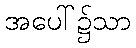
အပေါ်၌သာ